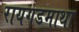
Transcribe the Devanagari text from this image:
रायगडमाथा